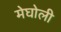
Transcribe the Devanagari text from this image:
मेघोली